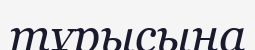
тұрысына